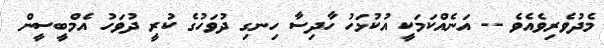
މެދުވެރިވެއެވެ -- އަނެއްކަމަކީ އުކުޅަހު ހާދިސާ ހިނގި ދުވަހުގެ ކުރީ ދުވަހު އެމްބީސީން